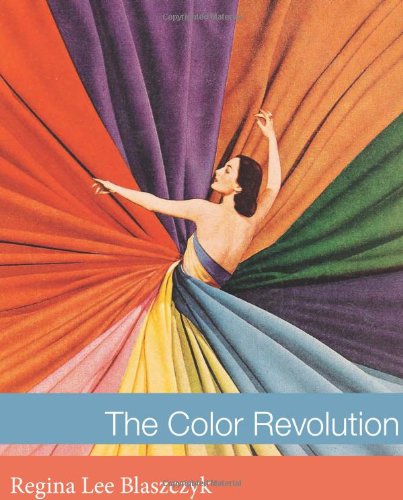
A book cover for The Color Revolution (Lemelson Center Studies in Invention and Innovation series); Regina Lee Blaszczyk; Business & Money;